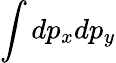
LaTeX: \int dp_{x}dp_{y}